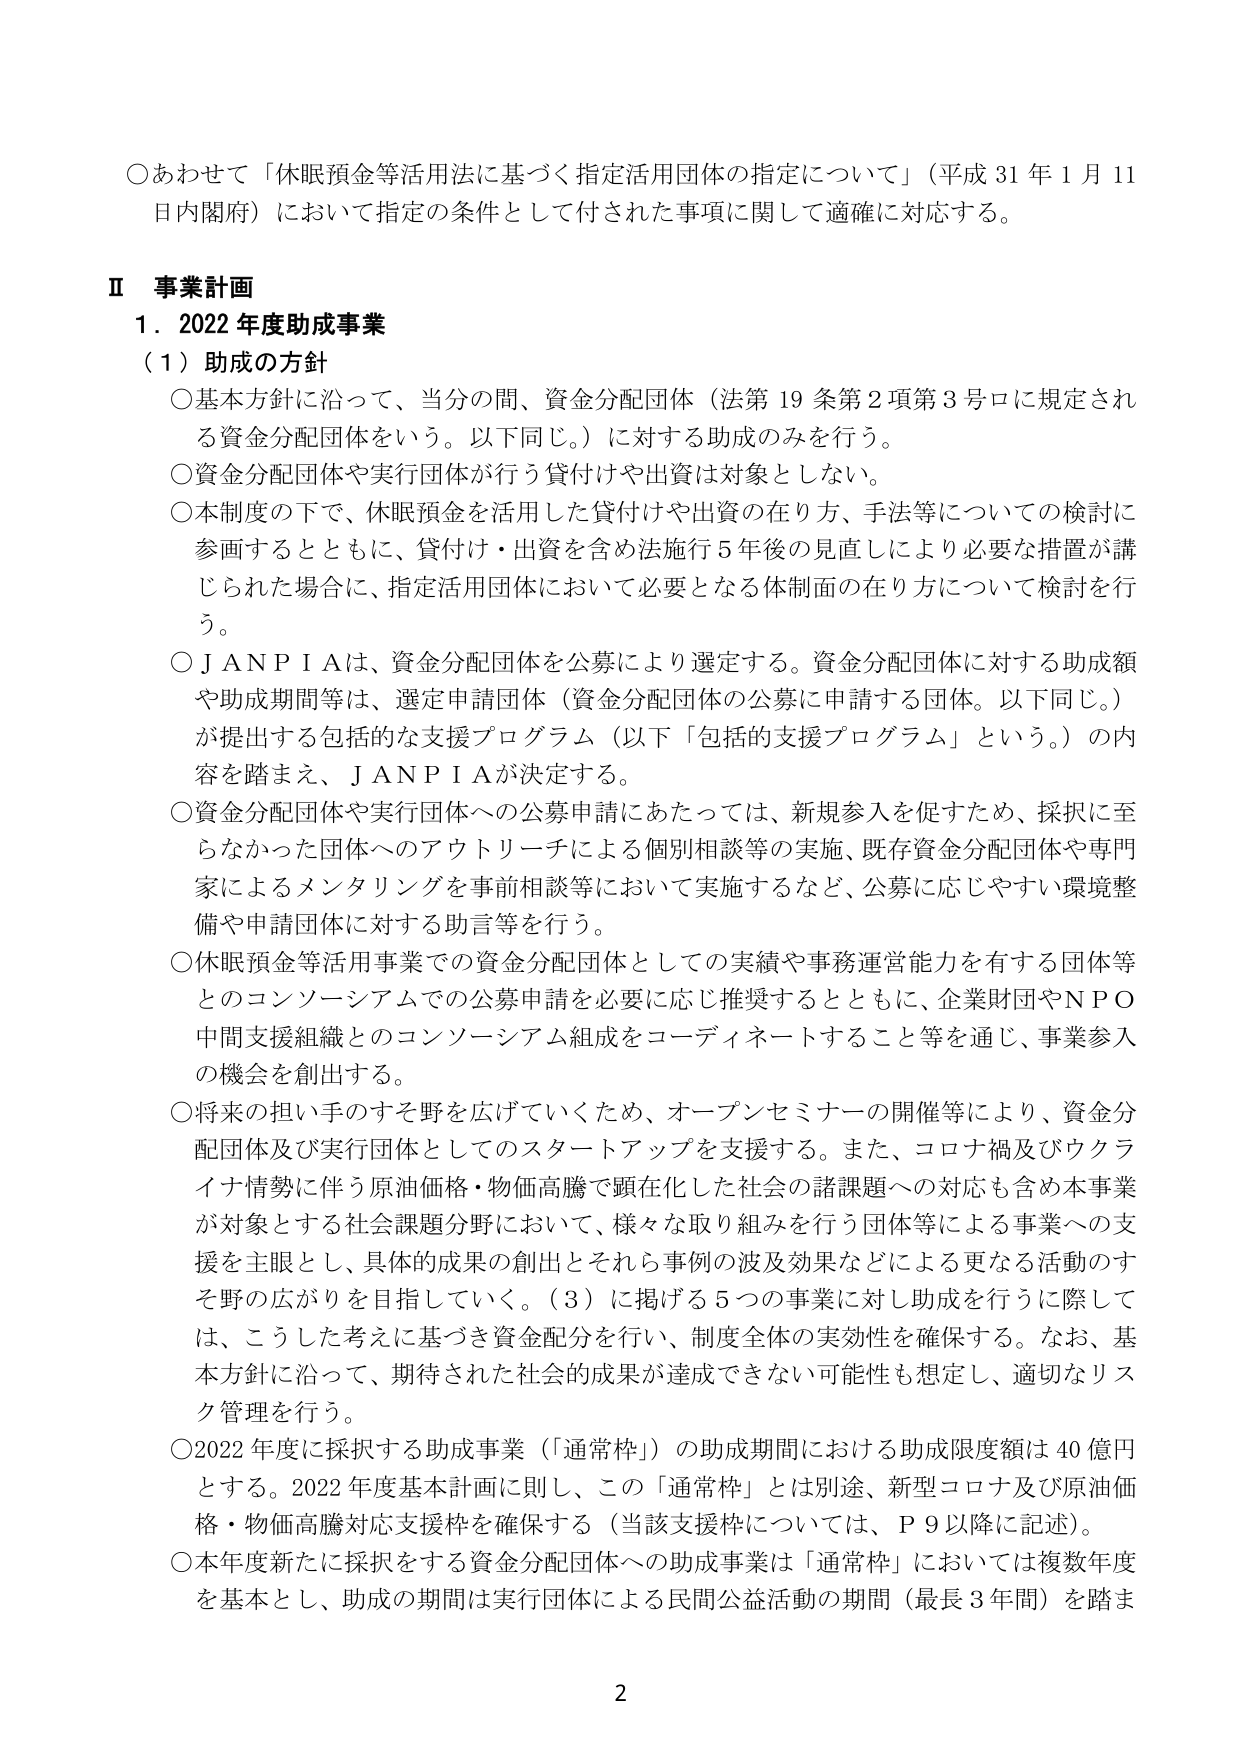
○あわせて「休眠預金等活用法に基づく指定活用団体の指定について」（平成31年1月11日内閣府）において指定の条件として付された事項に関して適確に対応する。

Ⅱ 事業計画
1．2022年度助成事業
（1）助成の方針
○基本方針に沿って、当分の間、資金分配団体（法第19条第2項第3号ロに規定される資金分配団体をいう。以下同じ。）に対する助成のみを行う。
○資金分配団体や実行団体が行う貸付けや出資は対象としない。
○本制度の下で、休眠預金を活用した貸付けや出資の在り方、手法等についての検討に参画するとともに、貸付け・出資を含め法施行5年後の見直しにより必要な措置が講じられた場合に、指定活用団体において必要となる体制面の在り方について検討を行う。
○JANPIAは、資金分配団体を公募により選定する。資金分配団体に対する助成額や助成期間等は、選定申請団体（資金分配団体の公募に申請する団体。以下同じ。）が提出する包括的な支援プログラム（以下「包括的支援プログラム」という。）の内容を踏まえ、JANPIAが決定する。
○資金分配団体や実行団体への公募申請にあたっては、新規参入を促すため、採択に至らなかった団体へのアウトリーチによる個別相談等の実施、既存資金分配団体や専門家によるメンタリングを事前相談等において実施するなど、公募に応じやすい環境整備や申請団体に対する助言等を行う。
○休眠預金等活用事業での資金分配団体としての実績や事務運営能力を有する団体等とのコンソーシアムでの公募申請を必要に応じ推奨するとともに、企業財団やNPO中間支援組織とのコンソーシアム組成をコーディネートすること等を通じ、事業参入の機会を創出する。
○将来の担い手のすそ野を広げていくため、オープンセミナーの開催等により、資金分配団体及び実行団体としてのスタートアップを支援する。また、コロナ禍及びウクライナ情勢に伴う原油価格・物価高騰で顕在化した社会の諸課題への対応も含め本事業が対象とする社会課題分野において、様々な取り組みを行う団体等による事業への支援を主眼とし、具体的成果の創出とそれら事例の波及効果などによる更なる活動のすそ野の広がりを目指していく。（3）に掲げる5つの事業に対し助成を行うに際しては、こうした考えに基づき資金配分を行い、制度全体の実効性を確保する。なお、基本方針に沿って、期待された社会的成果が達成できない可能性も想定し、適切なリスク管理を行う。
○2022年度に採択する助成事業（「通常枠」）の助成期間における助成限度額は40億円とする。2022年度基本計画に則し、この「通常枠」とは別途、新型コロナ及び原油価格・物価高騰対応支援枠を確保する（当該支援枠については、P9以降に記述）。
○本年度新たに採択をする資金分配団体への助成事業は「通常枠」においては複数年度を基本とし、助成の期間は実行団体による民間公益活動の期間（最長3年間）を踏ま

2